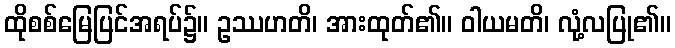
ထိုစစ်မြေပြင်အရပ်၌။ ဥဿဟတိ၊ အားထုတ်၏။ ဝါယမတိ၊ လုံ့လပြု၏။